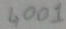
Text: 4001